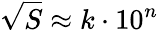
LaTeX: {\sqrt{S}}\approx k\cdot 10^{n}